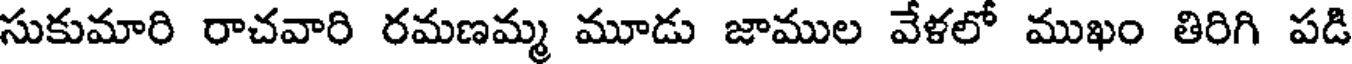
సుకుమారి రాచవారి రమణమ్మ మూడు జాముల వేళలో ముఖం తిరిగి పడి